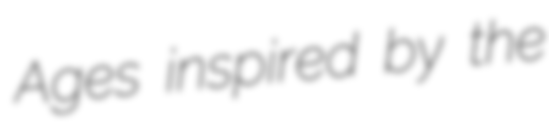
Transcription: Ages inspired by the